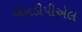
એનડીપીએલ